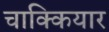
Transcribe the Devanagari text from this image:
चाक्कियार